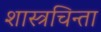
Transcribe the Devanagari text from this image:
शास्त्रचिन्ता